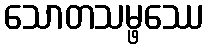
သောတသမ္ဖဿေ